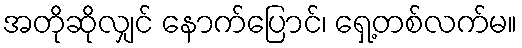
အတိုဆိုလျှင် နောက်ပြောင်၊ ရှေ့တစ်လက်မ။